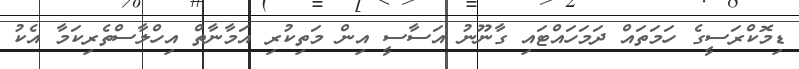
ޑިމޮކްރަސީގެ ހަމަތައް ދަމަހައްޓައި ގާނޫނު އަސާސީ އިން މަތިކުރި އަމާނާތް އިހްލާސްތެރިކަމާ އެކު